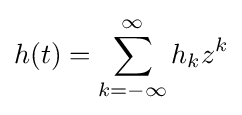
h(t)=\sum _{k=-\infty }^{\infty }h_{k}z^{k}